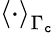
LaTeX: \left<\cdot\right>_{\Gamma_{\mathtt{c}}}